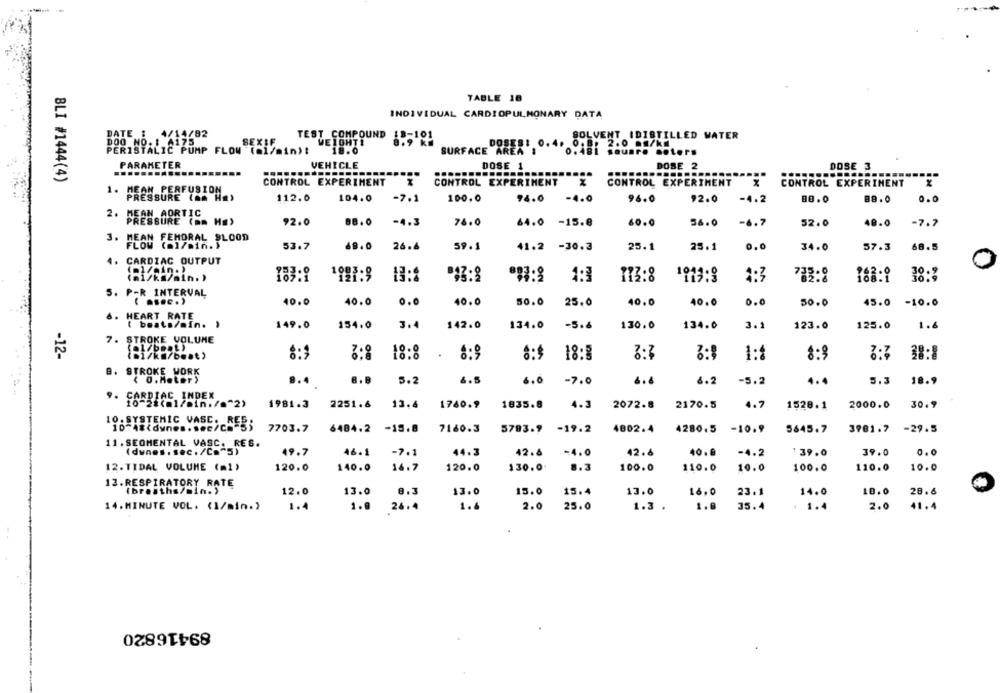
TABLE 18
INDIVIDUAL CARDIOPULMONARY DATA
DATE :
4/14/82
TEST COMPOUND
18-101
SOLVENT IDISTILLED WATER
DOO NO. 1 4175
SEX
WEIGHT!
8.9 km
DOSES: 0.4. 0. 8. 2.0 /kı
PERISTALIC PUMP FLOW (ml/min)!
18.0
SURFACE AREA
0.481 sauare noters
PARAMETER
VEHICLE
DOSE 1
DOSE 2
DOSE 3
..........
BLI #1444(4)
CONTROL EXPERIMENT
CONTROL EXPERIMENT
CONTROL EXPERTHENT
CONTROL EXPERIMENT
1. MEAN PERFUSION
PRESSURE (Am Ha)
112.0
104.0
-7.1
100,0
94.0
-4.0
96.0
92.0
-4.2
80.0
89.0
0.0
2.
MEAN AORTIC
PRESSURE (mm Hg)
92.0
88.0
-4.3
60.0
56.0
-6.7
52.0
-7.7
76.0
64.0 -15.8
48.0
3. MEAN FEMORAL SLOOD
FLOW (ml/min.)
53.7
26.4
59.1
41.2 -30.3
25.1
25.1
0.0
34.0
57.3
68.5
1.
CARDIAC OUTPUT
0
183:9
13:8
1:3
173:8
1913:8
1:3
38:3
782:8
5. P-R INTERVAL
( ... c.)
40.0
40.0
0.0
40.0
50.0
25.0
40.0
40.0
0.0
50.0
45.0 -10.0
. HEART RATE
( beats/min. )
149.0
154.0
3.
142.0
134.0
-5.6
130.0
134.0
3.1
123.0
125.0
1.6
7. STROKE VOLUME
[el/beat)
18:8
.
38:8
-12-
ini/ka/best)
3:8
8:9
8:$
18:8
8:7
1:
8:3
8. STROKE WORK
< 0.Meter)
.. 4
8.B
5.2
&.5
6.0
6.4
6.2
-5.2
4.4
5.3 18.9
-7.0
9. CARDIAC INDEX
10-28(@1/min./."2)
1981.3
2251.6
13.6
1780.9
1835.8
4.3
2072.8
2170.5
4.7
1528.1
2000.0
30.9
10. SYSTEMIC VASC.
7703.7
6484.2 -15.8
-15.8
7160.3
5793.9
-19.2
4802.4
4280.5 -10.9
5645.7
3981.7 -29.5
11. SEOMENTAL VASC. RES.
(dunes . sec./Ca"S)
44.3
-4.0
39.0
0.0
49.7
46.1
-7.1
42.6
42.6
40.9
-4.2
:39.0
12. TIDAL VOLUME (ml)
120.0
140.0
16.7
120.0
130.0.
8.3
100.0
110.0
10.0
100.0
110.0
10.0
13. RESPIRATORY RATE
{breaths/min.)
12.0
13.0
8.3
13.0
15.0
15.4
13.0
16,0
23.1
14.0
10.0
28.6
14. MINUTE VOL. (1/min.)
1.4
1.@
26.4
1.4
2.0
25.0
1.8
35.4
2.0
41.4
.
1.3 .
1.4
89416820